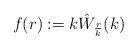
LaTeX: \begin{align*}f(r) := k\hat W_{\frac{r}{k}}(k)\end{align*}